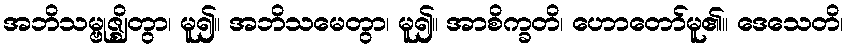
အဘိသမ္ဗုဇ္ဈိတွာ၊ မူ၍။ အဘိသမေတွာ၊ မူ၍။ အာစိက္ခတိ၊ ဟောတော်မူ၏။ ဒေသေတိ၊